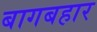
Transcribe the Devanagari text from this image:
बागबहार